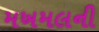
મખમલની